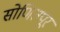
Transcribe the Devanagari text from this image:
सोणितपूर